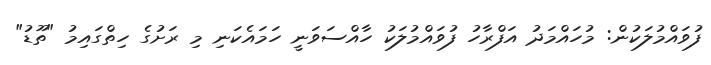
ފުވައްމުލަކުން: މުހައްމަދު އަފްރާހު ފުވައްމުލަކު ހާއްސަވަނީ ހަމައެކަނި މި ރަށުގެ ހިތްގައިމު "ތޫޑު"